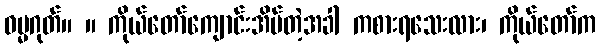
ဓမ္မဂုတ်။ ။ ကိုယ်တော်ကျောင်းအိပ်တဲ့အခါ ကစားရသေးလား၊ ကိုယ်တော်က